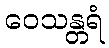
ဝေသန္တရံ